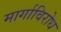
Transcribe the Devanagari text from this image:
मार्गाविरोध